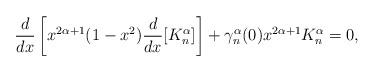
LaTeX: \begin{align*}\frac{d}{dx}\left[x^{2\alpha+1}(1-x^2)\frac{d}{dx}[K_n^{\alpha}]\right]+\gamma_n^{\alpha}(0)x^{2\alpha+1}K_n^{\alpha}=0,\end{align*}